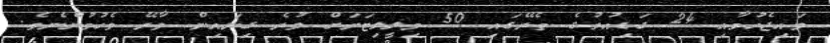
ވައިޖެހުމާއި 24 ގަޑިއުރުގެ ތެރޭގައި 50 މިލީލިޓަރަށް ވުރެ ގިނައިން ވާރޭ ވެހުމުންނެވެ.